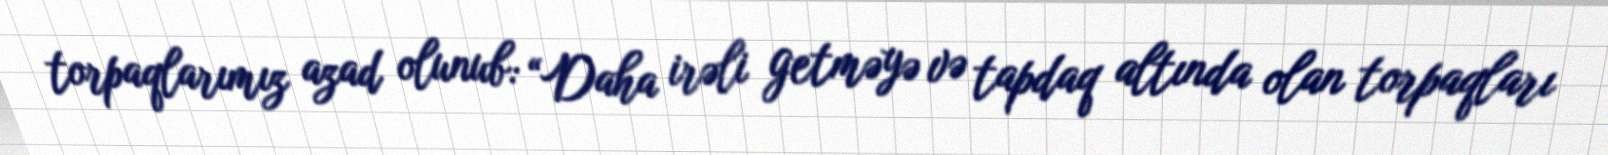
torpaqlarımız azad olunub: “Daha irəli getməyə və tapdaq altında olan torpaqları